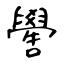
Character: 嚳